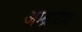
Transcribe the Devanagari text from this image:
अम्ब्रारीश